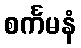
စင်္ကမနံ